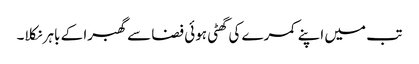
تب میں اپنے کمرے کی گھٹی ہوئی فضا سے گھبرا کے باہر نکلا۔